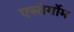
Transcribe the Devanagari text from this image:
एस्तेर्गोम